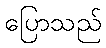
ပြောသည်